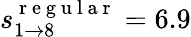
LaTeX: s_{1\rightarrow 8}^{\mathrm{~r~e~g~u~l~a~r~}}=6.9